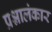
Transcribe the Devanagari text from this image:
प्रश्नालंकार